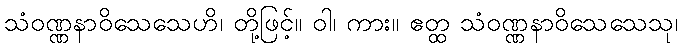
သံဝဏ္ဏနာဝိသေသေဟိ၊ တို့ဖြင့်။ ဝါ၊ ကား။ ဧတ္ထ သံဝဏ္ဏနာဝိသေသေသု၊